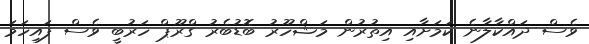
ވެސް ދައްކާލާނެ ކަމަށާއި އިތުރުން މަޝްހޫރު ބޮޑުބެރު ގްރޫޕް ހަރުބީ ވެސް ފައިހަމަ